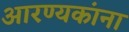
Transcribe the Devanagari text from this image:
आरण्यकांना